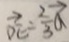
\overrightarrow { D E } = \frac { 2 } { 3 } \overrightarrow { a }